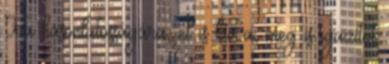
Fia hasonlatosságára, el is hív a, meg is igazítot